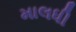
માલધી